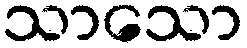
သာသော